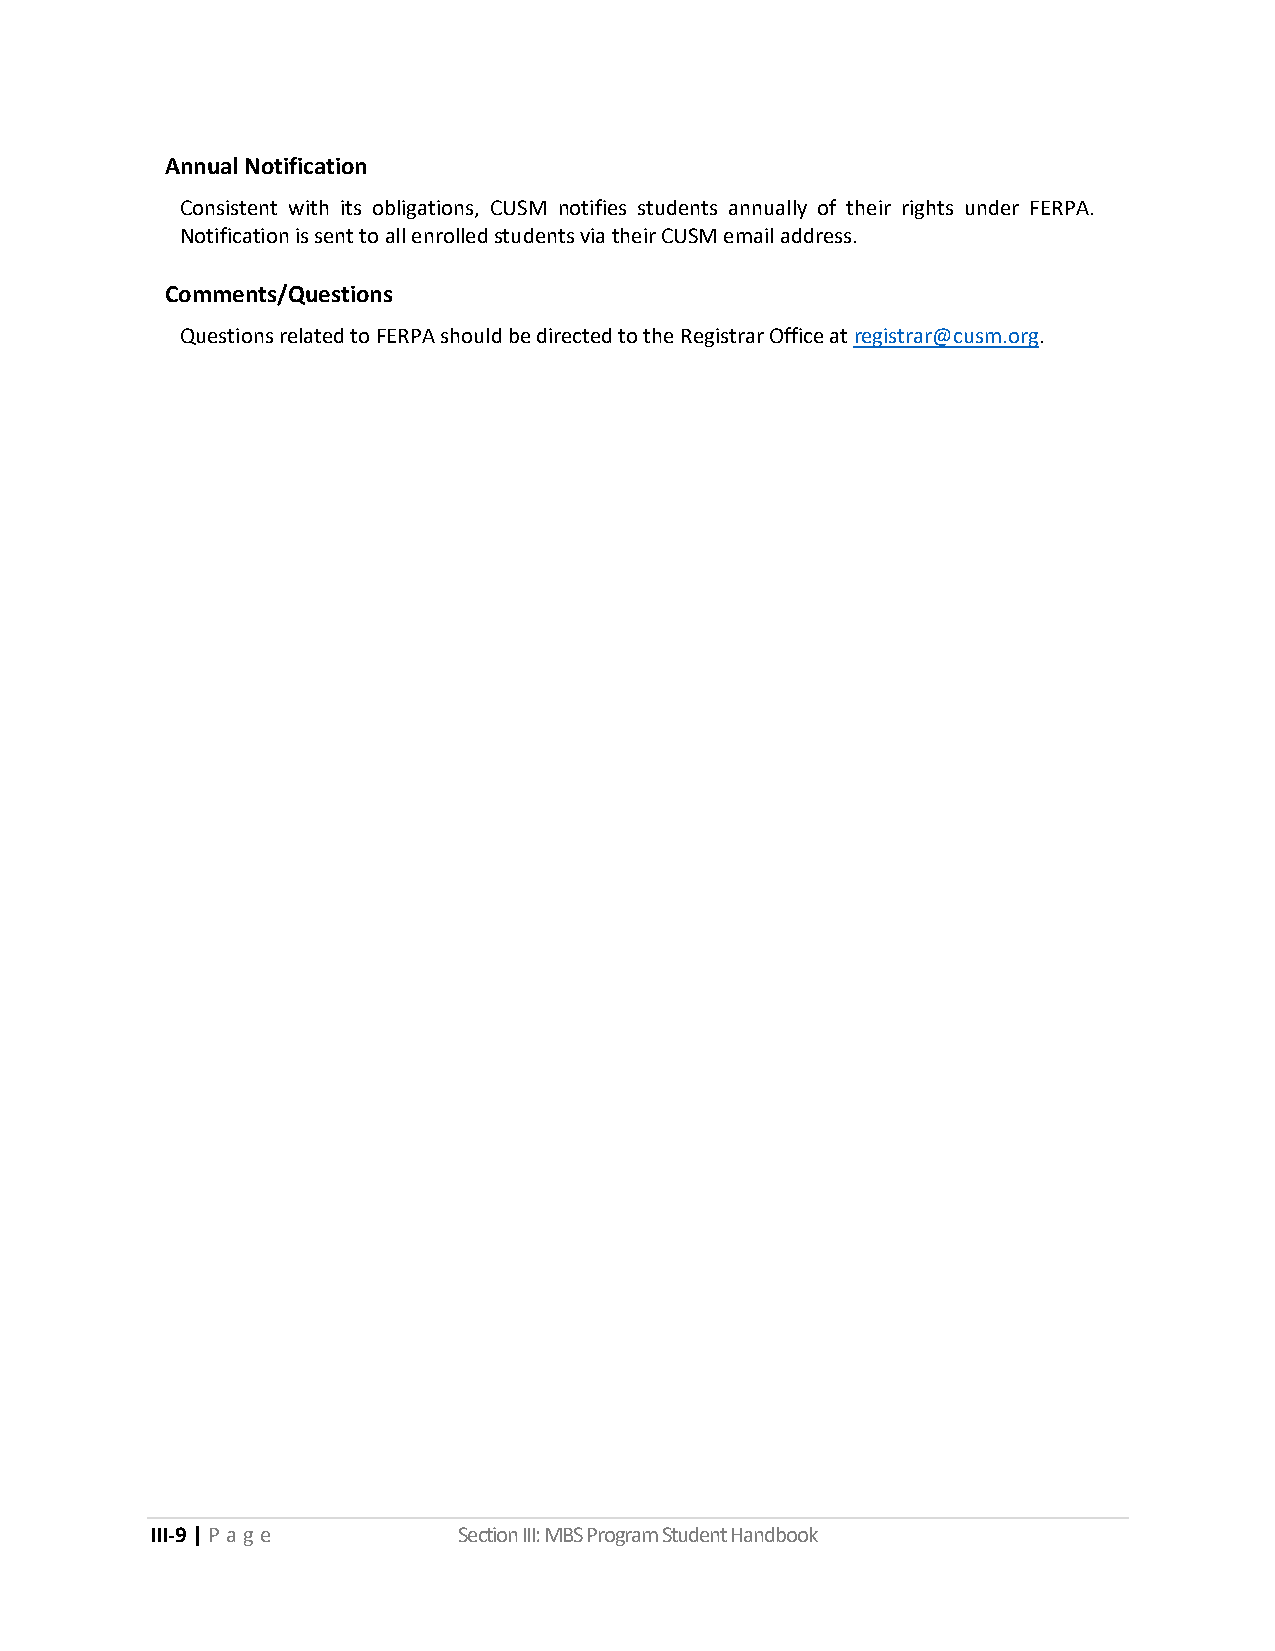
Annual Notification
 Consistent with its obligations, CUSM notifies students annually of their rights under FERPA.
 Notification is sent to all enrolled students via their CUSM email address.
 Comments/Questions
 Questions related to FERPA should be directed to the Registrar Office at registrar@cusm.org.
 III-9 | P a ge      Section III: MBS Program Student Handbook